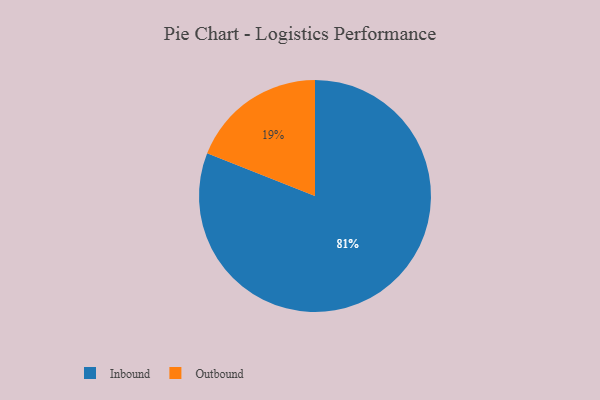
{"axis": {"x": "Category", "y": "Percentage"}, "legend": ["Inbound", "Outbound"], "data": [{"x": "Inbound", "y": 81, "type": "Inbound"}, {"x": "Outbound", "y": 19, "type": "Outbound"}]}